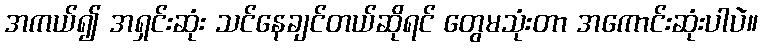
အကယ်၍ အရှင်းဆုံး သင်နေချင်တယ်ဆိုရင် တွေမသုံးတာ အကောင်းဆုံးပါပဲ။